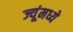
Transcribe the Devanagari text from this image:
ज्यूंमध्ये